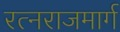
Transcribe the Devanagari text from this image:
रत्नराजमार्ग